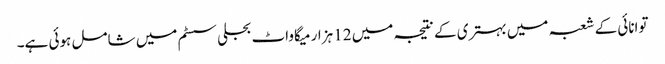
توانائی کے شعبہ میں بہتری کے نتیجہ میں 12 ہزار میگاواٹ بجلی سسٹم میں شامل ہوئی ہے۔